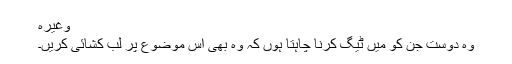
وغیرہ
وہ دوست جن کو میں ٹیگ کرنا چاہتا ہوں کہ وہ بھی اس موضوع پر لب کشائی کریں۔